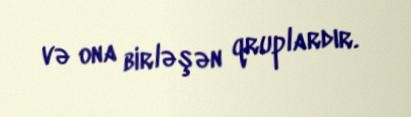
və ona birləşən qruplardır.